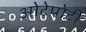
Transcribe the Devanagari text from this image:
ओटेपोटी